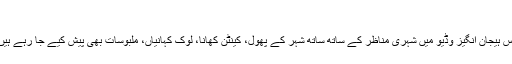
”
اس ہیجان انگیز وڈیو میں شہری مناظر کے ساتھ ساتھ شہر کے پھول، کینٹن کھانا، لوک کہانیاں، ملبوسات بھی پیش کیے جا رہے ہیں۔